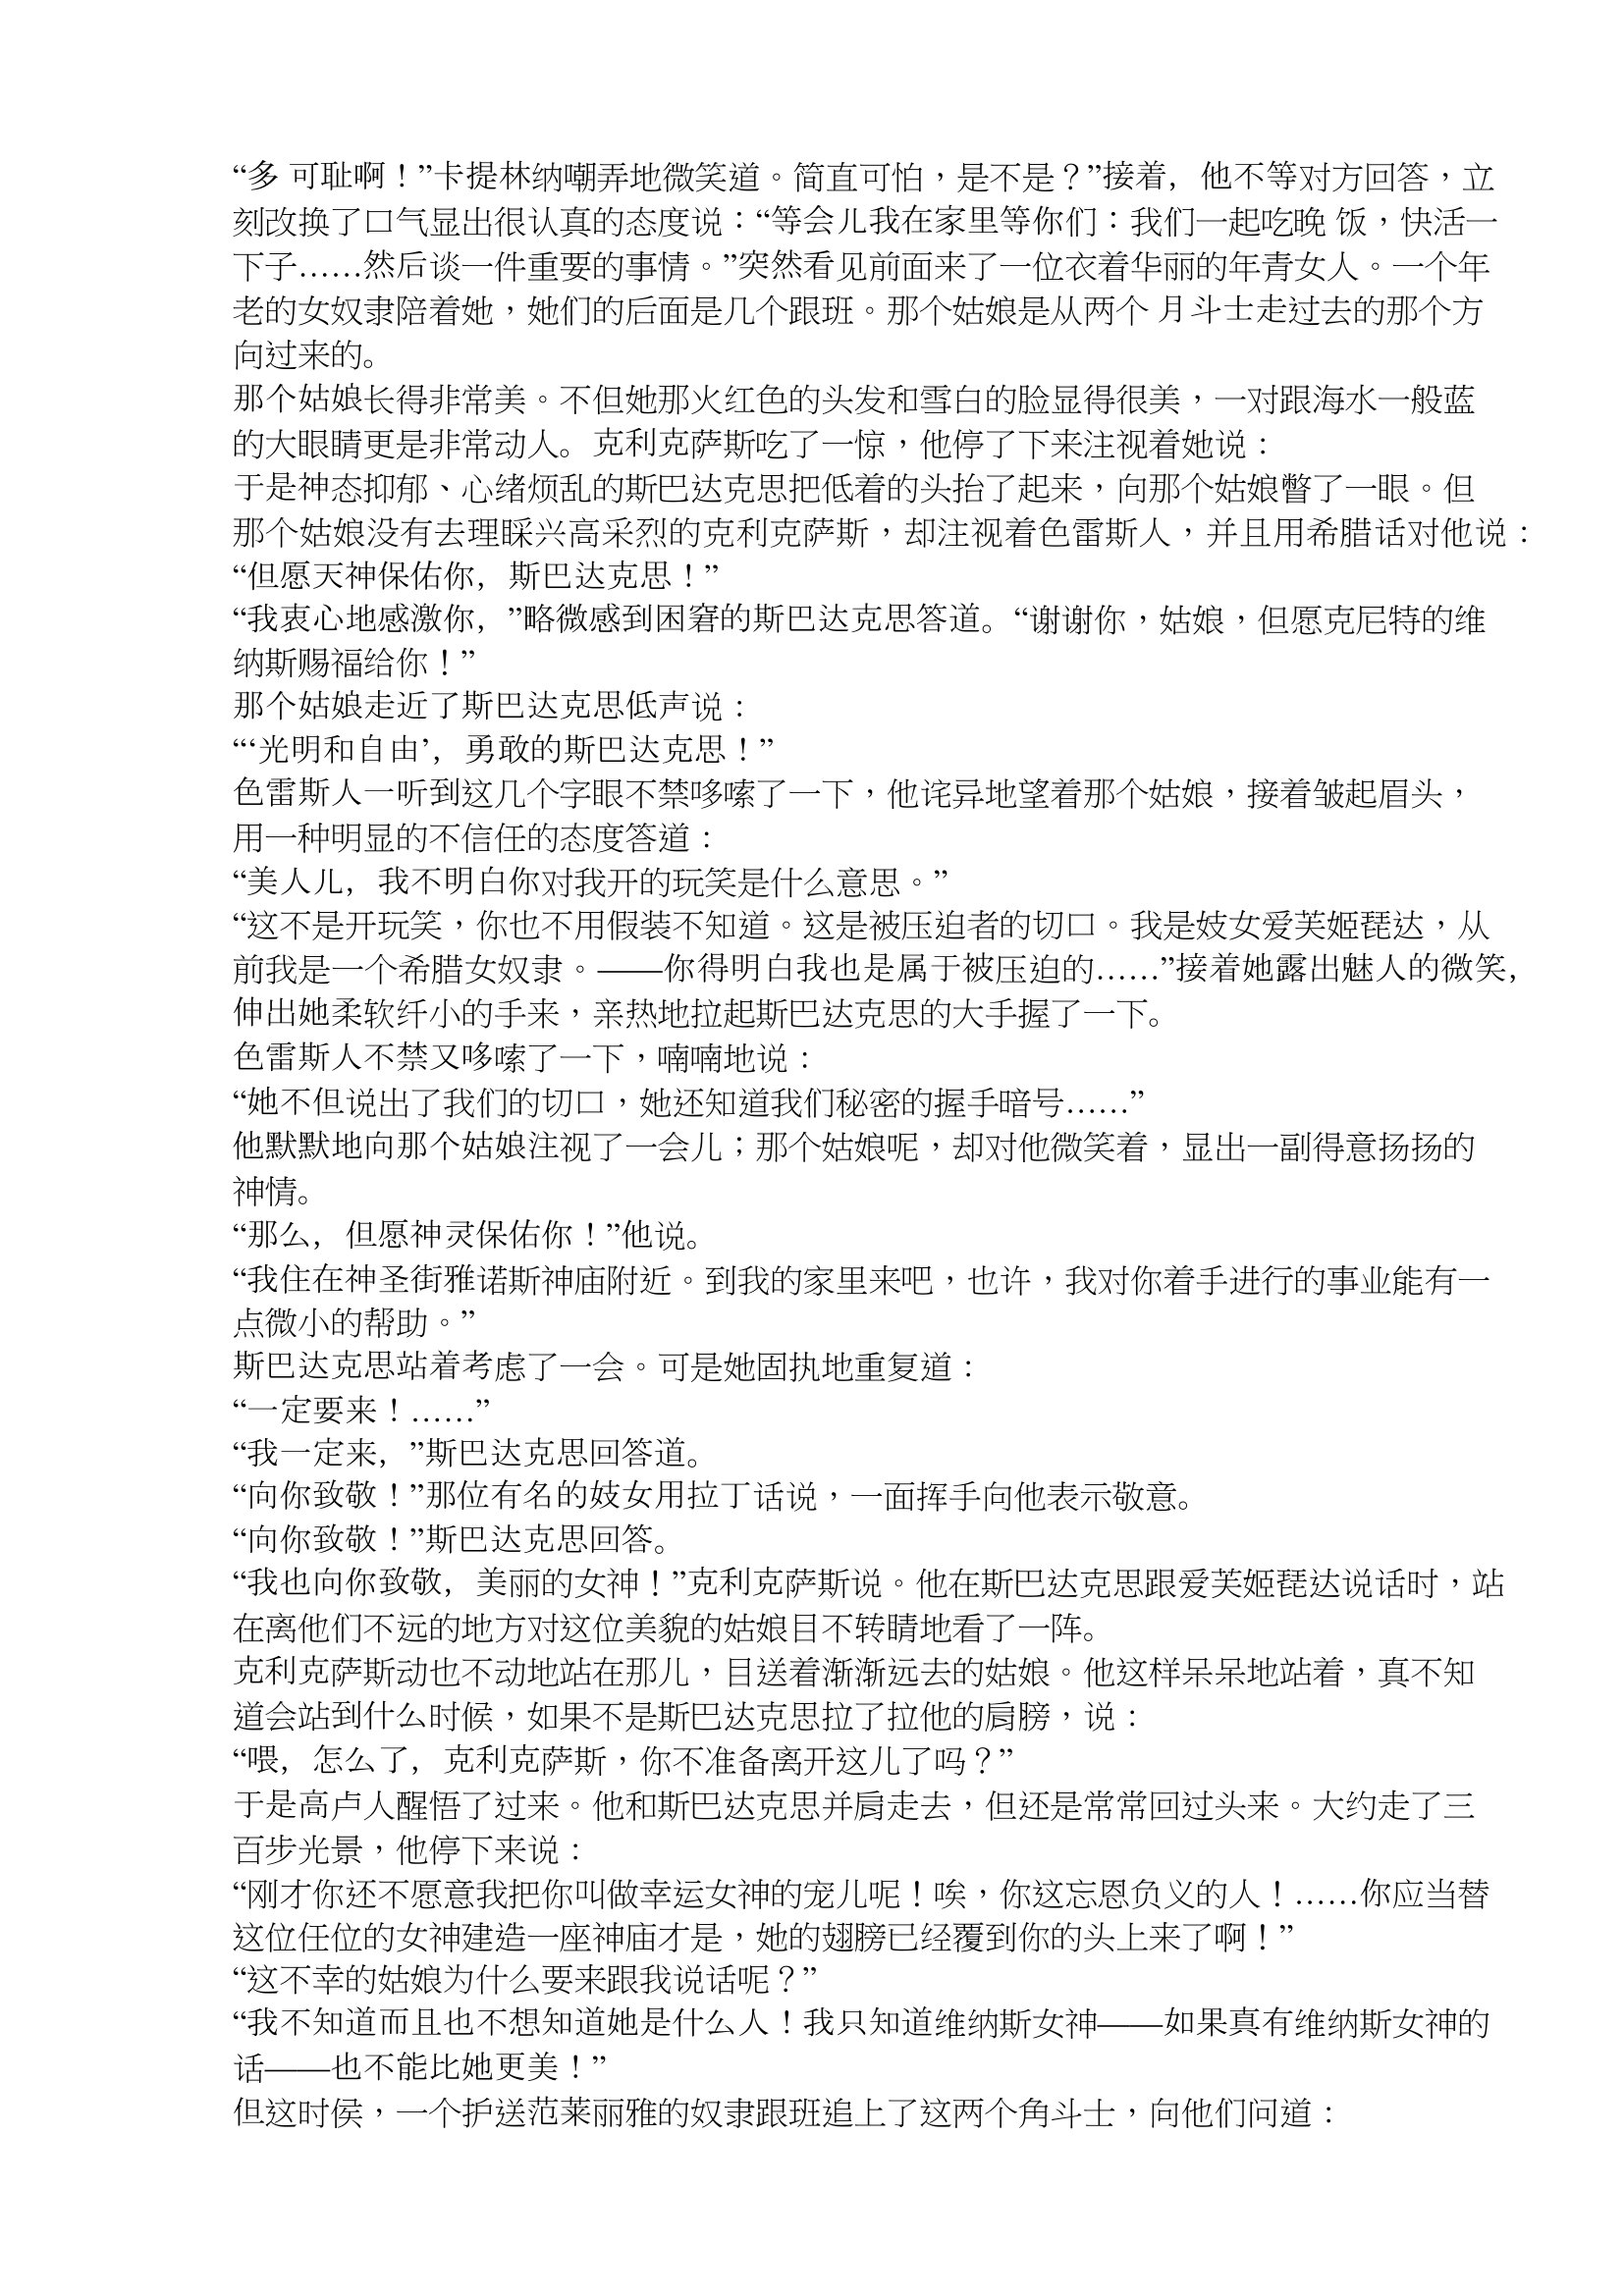
Language: zh